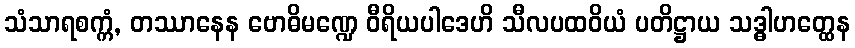
သံသာရစက္ကံ, တဿာနေန ဗောဓိမဏ္ဍေ ဝီရိယပါဒေဟိ သီလပထဝိယံ ပတိဋ္ဌာယ သဒ္ဓါဟတ္ထေန